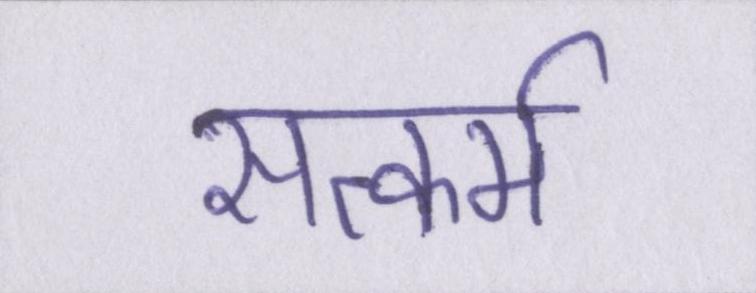
सत्कर्म